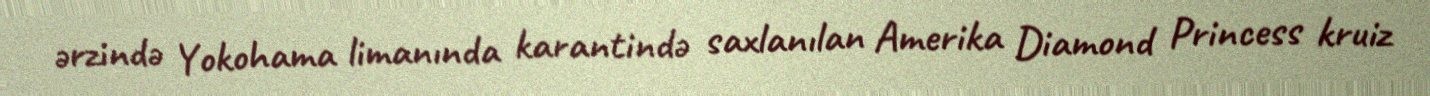
ərzində Yokohama limanında karantində saxlanılan Amerika Diamond Princess kruiz